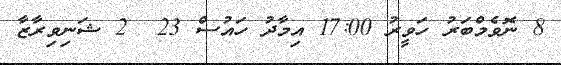
8 ނޮވެމްބަރު ހަވީރު 17:00 އިމާދު ހައުސް 23  2 ޝަނިވިރާޒާ